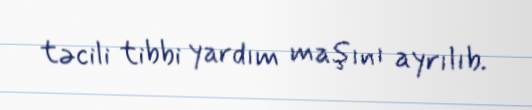
təcili tibbi yardım maşını ayrılıb.